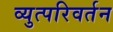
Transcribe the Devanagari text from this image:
व्युत्परिवर्तन